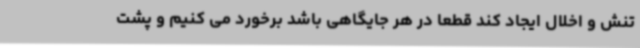
تنش و اخلال ایجاد کند قطعا در هر جایگاهی باشد برخورد می کنیم و پشت